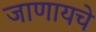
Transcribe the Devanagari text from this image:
जाणायचे